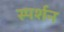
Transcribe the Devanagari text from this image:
स्पर्शन